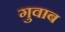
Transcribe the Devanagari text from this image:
गुवाब